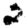
Digit: 2